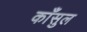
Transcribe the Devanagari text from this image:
काँसुल